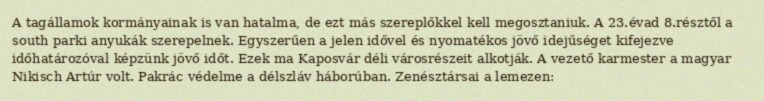
A tagállamok kormányainak is van hatalma, de ezt más szereplőkkel kell megosztaniuk. A 23.évad 8.résztől a south parki anyukák szerepelnek. Egyszerűen a jelen idővel és nyomatékos jövő idejűséget kifejezve időhatározóval képzünk jövő időt. Ezek ma Kaposvár déli városrészeit alkotják. A vezető karmester a magyar Nikisch Artúr volt. Pakrác védelme a délszláv háborúban. Zenésztársai a lemezen: